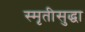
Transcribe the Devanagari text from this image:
स्मृतीसुद्धा